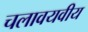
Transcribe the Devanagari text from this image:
चलावयवीय